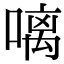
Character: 𠻗